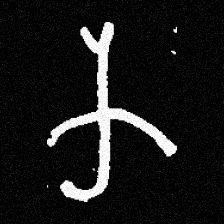
Pyu character \u2014 Myanmar letter: က (romanized: ka)